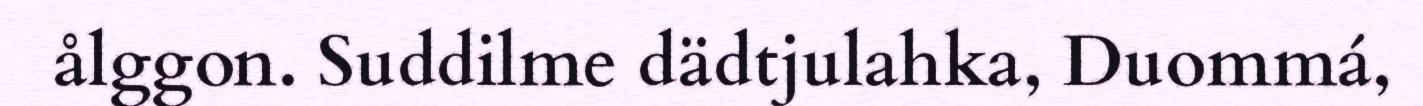
ålggon. Suddilme dädtjulahka, Duommá,